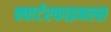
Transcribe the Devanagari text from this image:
क्वार्टरफाइनल्स